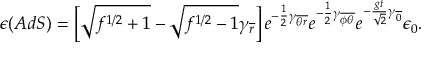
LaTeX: \epsilon ( { A d S } ) = \left[ \sqrt { f ^ { 1 / 2 } + 1 } - \sqrt { f ^ { 1 / 2 } - 1 } \gamma _ { \overline { { { r } } } } \right] e ^ { - { \frac { 1 } { 2 } } \gamma _ { \overline { { { \theta r } } } } } e ^ { - { \frac { 1 } { 2 } } \gamma _ { \overline { { { \phi \theta } } } } } e ^ { - { \frac { g t } { \sqrt { 2 } } } \gamma _ { \overline { { { 0 } } } } } \epsilon _ { 0 } .